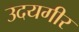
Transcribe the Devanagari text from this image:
उदयगीर